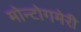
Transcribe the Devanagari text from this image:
मोन्टोगमेरी